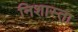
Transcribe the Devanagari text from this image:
निशास्ता